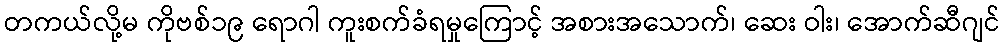
တကယ်လို့မ ကိုဗစ်၁၉ ရောဂါ ကူးစက်ခံရမှုကြောင့် အစားအသောက်၊ ဆေး ဝါး၊ အောက်ဆီဂျင်